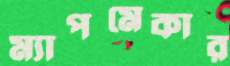
ম্যাপমেকার